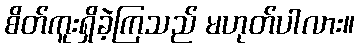
စိတ်ကူးရှိခဲ့ကြသည် မဟုတ်ပါလား။